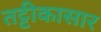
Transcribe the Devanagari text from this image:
तट्टीकासार